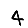
Digit: 4